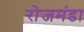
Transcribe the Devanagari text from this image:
रोजमंडा